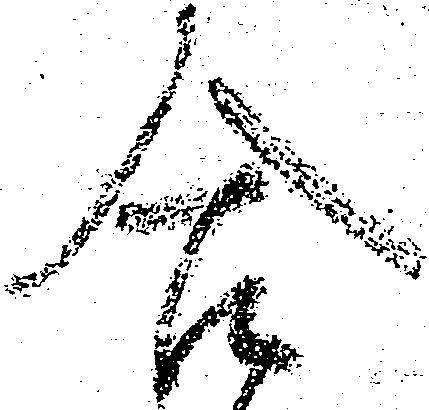
合